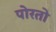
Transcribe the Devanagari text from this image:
पोरतो